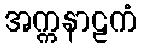
အက္ကနာဠကံ